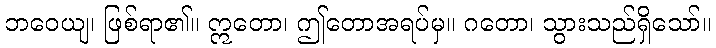
ဘဝေယျ၊ ဖြစ်ရာ၏။ ဣတော၊ ဤတောအရပ်မှ။ ဂတော၊ သွားသည်ရှိသော်။